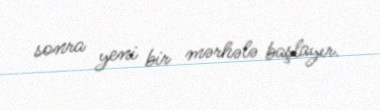
sonra yeni bir mərhələ başlayır.